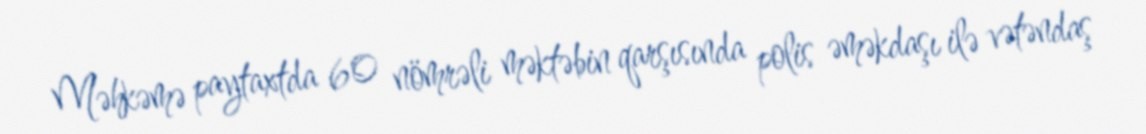
Məhkəmə paytaxtda 60 nömrəli məktəbin qarşısında polis əməkdaşı ilə vətəndaş